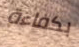
بكفاءة